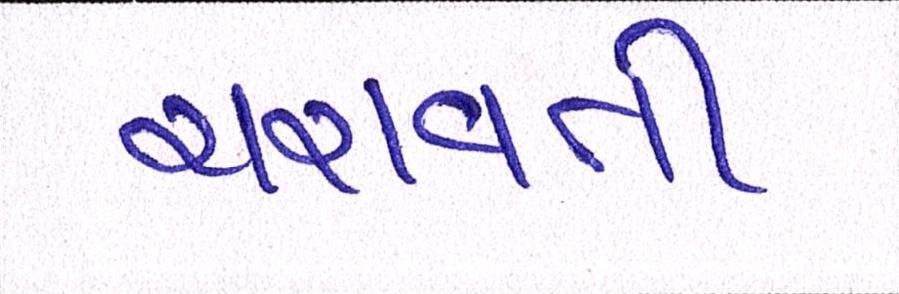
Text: ચરાવતી